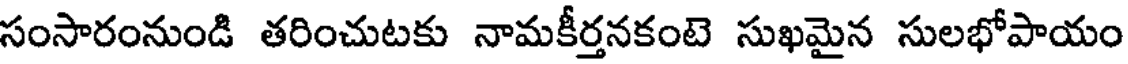
సంసారంనుండి తరించుటకు నామకీర్తనకంటె సుఖమైన సులభోపాయం